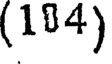
(104)